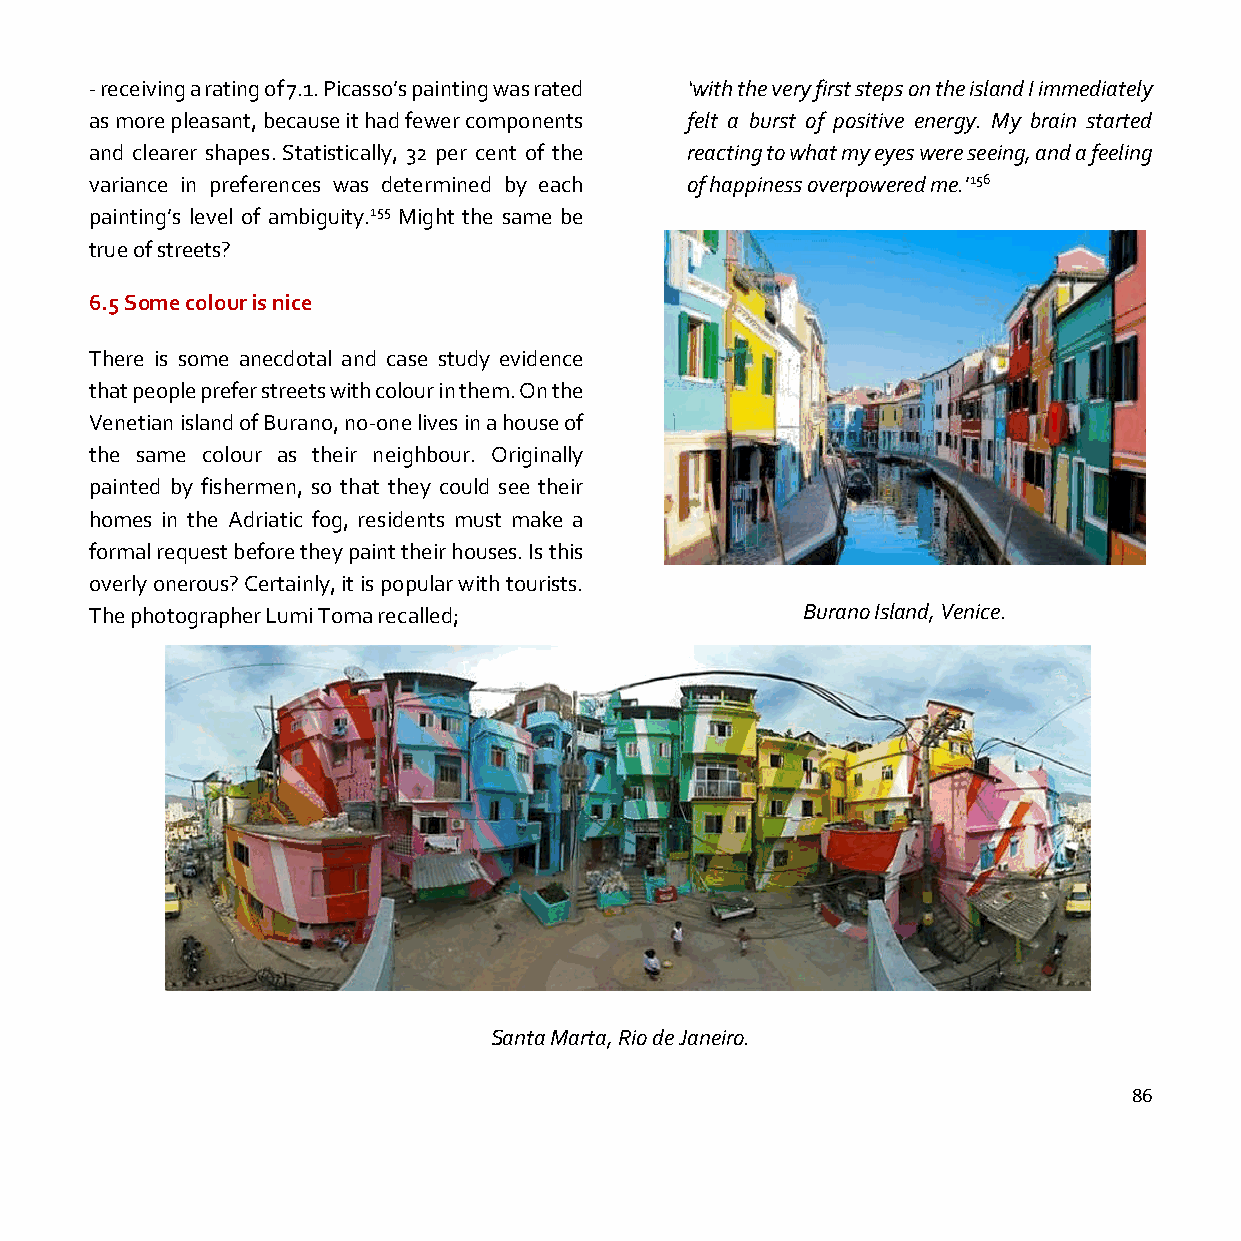
- receiving a rating of 7.1. Picasso’s painting was rated ‘with the very first steps on the island I immediately
 as more pleasant, because it had fewer components felt a burst of positive energy. My brain started
 and clearer shapes. Statistically, 32 per cent of the reacting to what my eyes were seeing, and a feeling
 variance in preferences was determined by each of happiness overpowered me.’156
 painting’s level of ambiguity.155 Might the same be
 true of streets?
 6.5 Some colour is nice
 There is some anecdotal and case study evidence
 that people prefer streets with colour in them. On the
 Venetian island of Burano, no-one lives in a house of
 the same colour as their neighbour. Originally
 painted by fishermen, so that they could see their
 homes in the Adriatic fog, residents must make a
 formal request before they paint their houses. Is this
 overly onerous? Certainly, it is popular with tourists.
 The photographer Lumi Toma recalled;           Burano Island, Venice.
 Santa Marta, Rio de Janeiro.
 86